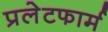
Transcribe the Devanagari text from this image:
प्रलेटफार्म